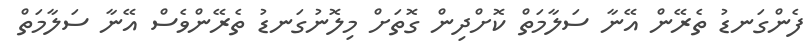
ފެންގަނޑު ތެރޭން އޭނާ ސަލާމަތް ކޮށްދިން ގޮތަށް މިލޮނުގަނޑު ތެރޭންވެސް އޭނާ ސަލާމަތް